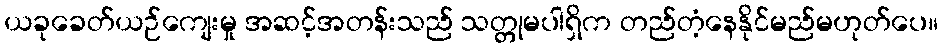
ယခုခေတ်ယဉ်ကျေးမှု အဆင့်အတန်းသည် သတ္တုမပါရှိက တည်တံ့နေနိုင်မည်မဟုတ်ပေ။